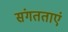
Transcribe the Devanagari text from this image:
संगतताएं